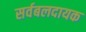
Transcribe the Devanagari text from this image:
सर्वबलदायक